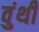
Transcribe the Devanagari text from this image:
वुंथी